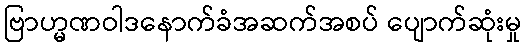
ဗြာဟ္မဏဝါဒနောက်ခံအဆက်အစပ် ပျောက်ဆုံးမှု